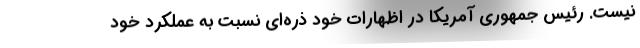
نیست. رئیس جمهوری آمریکا در اظهارات خود ذره‌ای نسبت به عملکرد خود